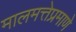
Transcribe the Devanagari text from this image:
मालमत्तेप्रमाणे